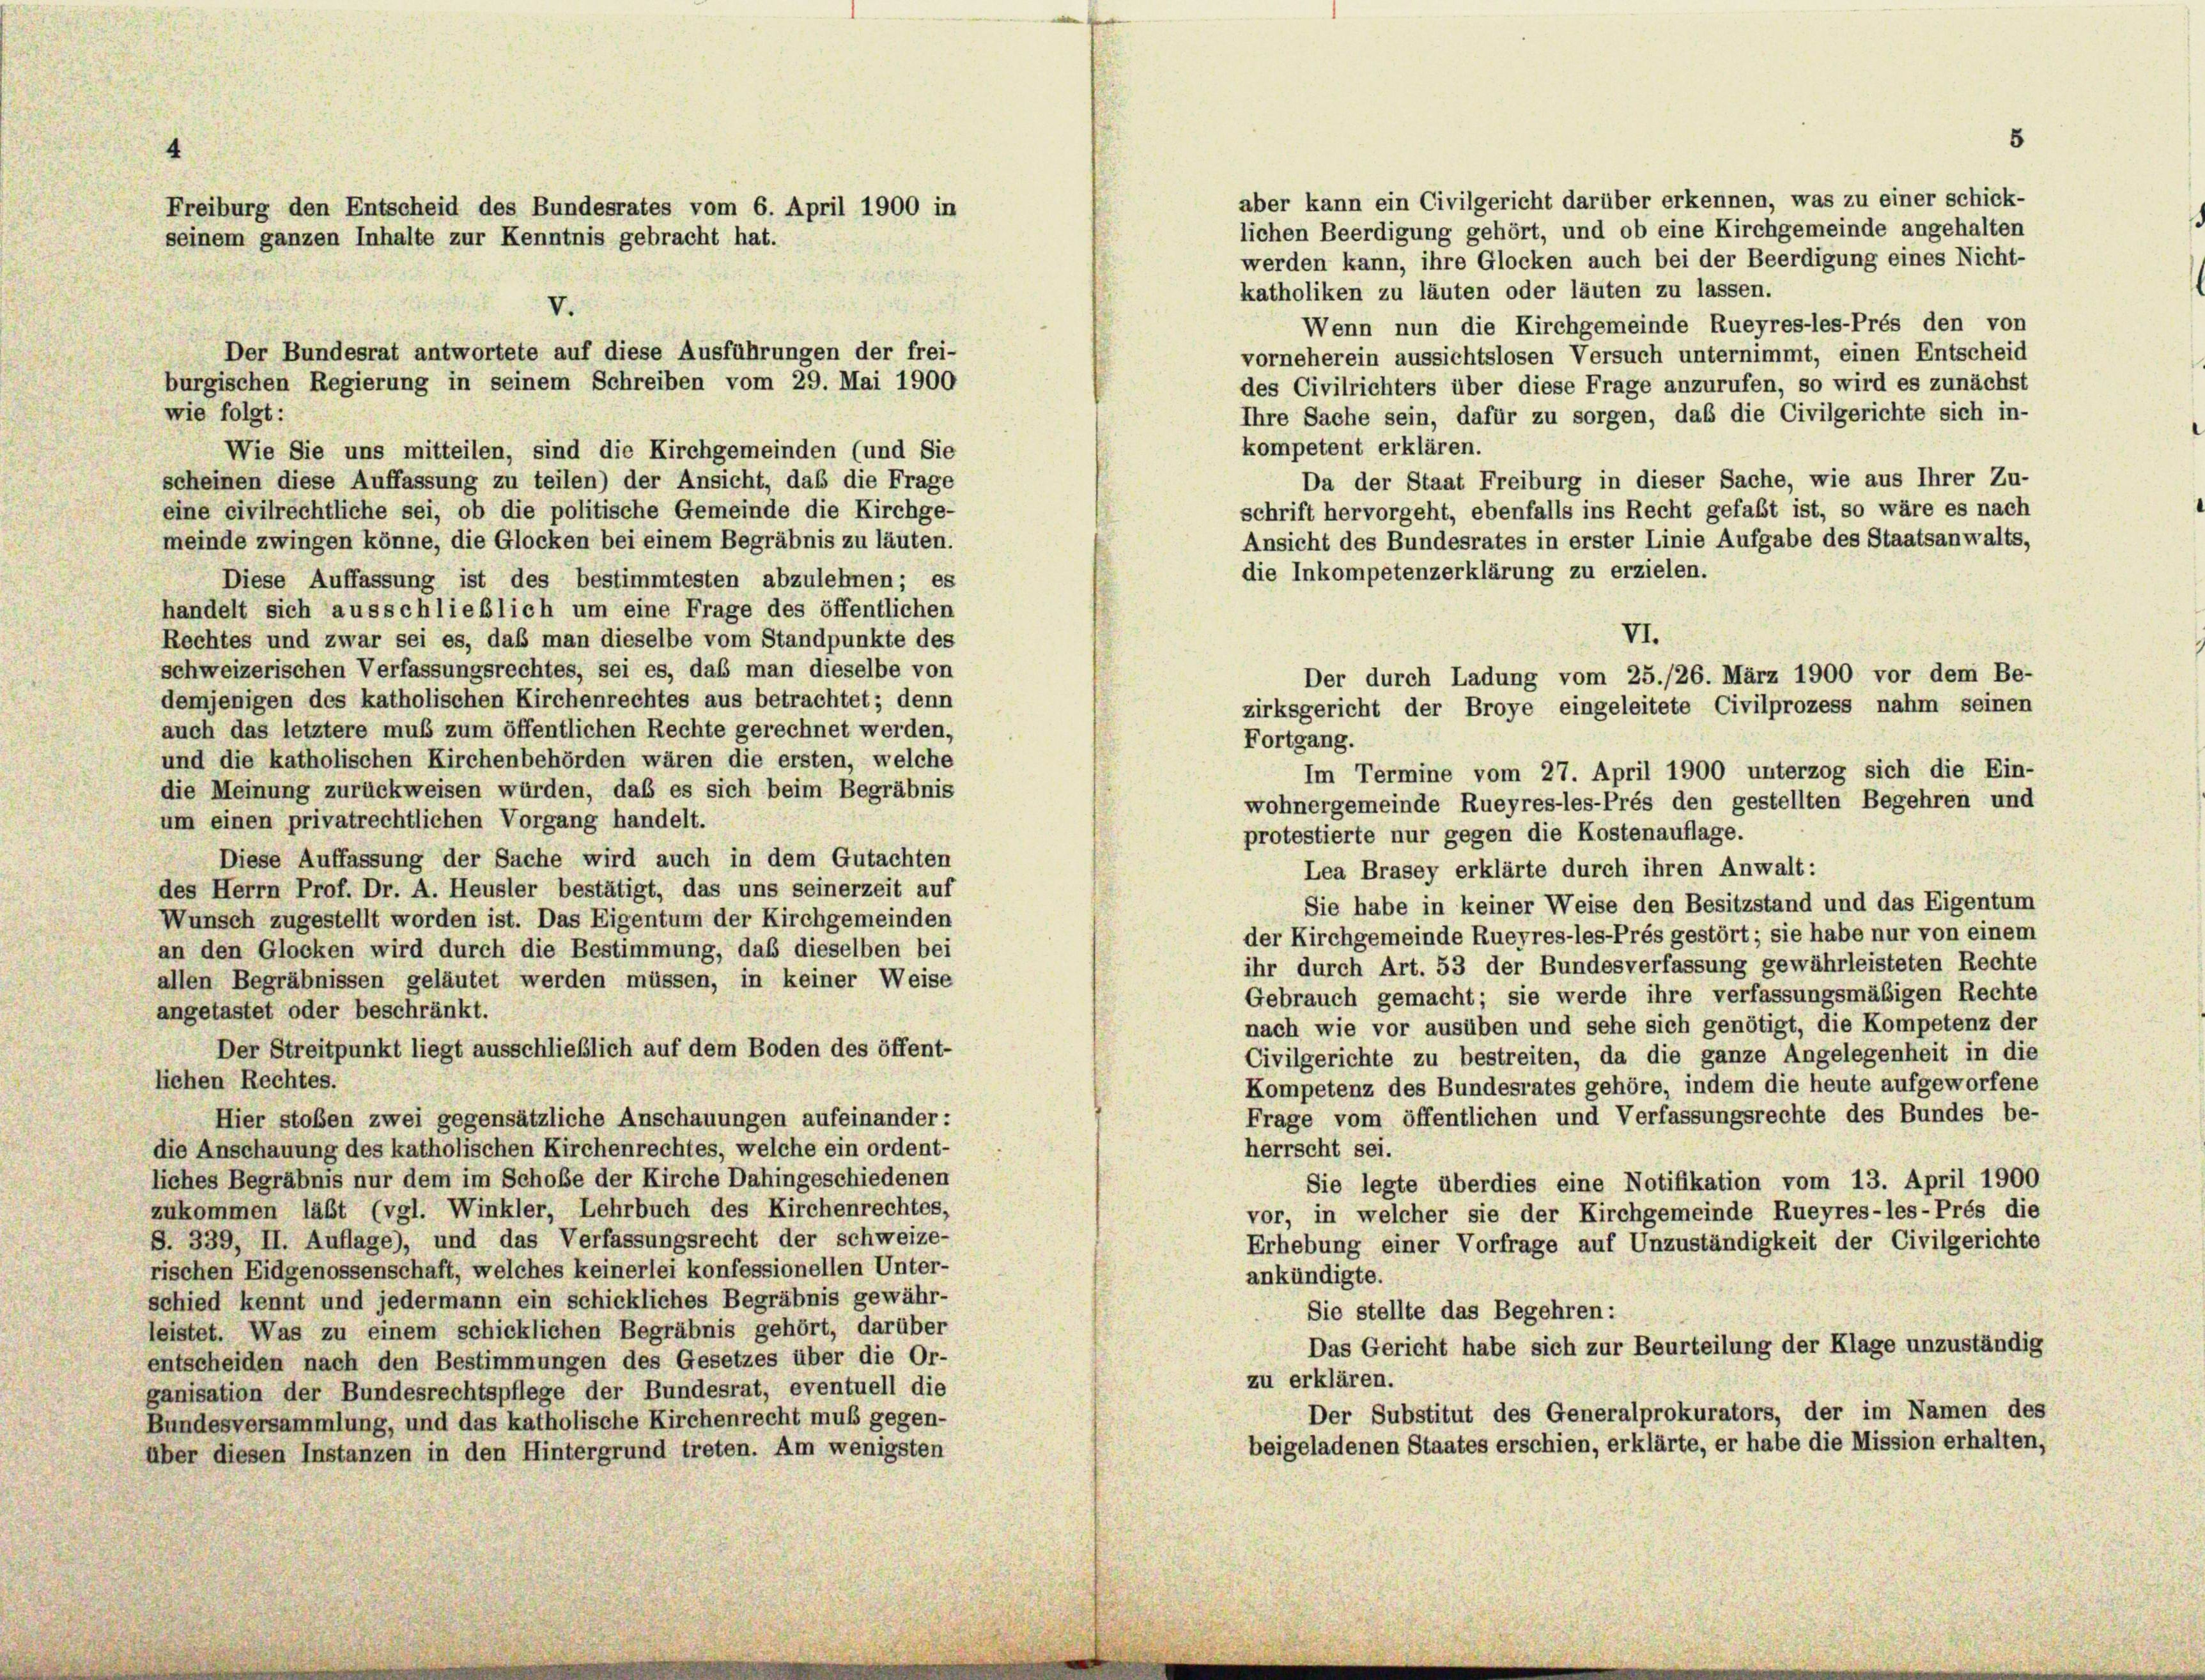
Freiburg den Entscheid des Bundesrates vom 6. April 1900 in
seinem ganzen Inhalte zur Kenntnis gebracht hat.

werden kann, ihre Glocken auch bei der Beerdigung eines Nicht-
katholiken zu läuten oder läuten zu lassen.
Wenn nun die Kirchgemeinde Rueyres-les-Prés den von
vorneherein aussichtslosen Versuch unternimmt, einen Entscheid
des Civilrichters über diese Frage anzurufen, so wird es zunächst
wie folgt:
Ihre Sache sein, dafür zu sorgen, daß die Civilgerichte sich in-
kompetent erklären.
Wie Sie uns mitteilen, sind die Kirchgemeinden (und Sie
Da der Staat Freiburg in dieser Sache, wie aus Ihrer Zu-
scheinen diese Auffassung zu teilen) der Ansicht, daß die Frage
schrift hervorgeht, ebenfalls ins Recht gefaßt ist, so wäre es nach
eine civilrechtliche sei, ob die politische Gemeinde die Kirchge-
Ansicht des Bundesrates in erster Linie Aufgabe des Staatsanwalts,
meinde zwingen könne, die Glocken bei einem Begräbnis zu läuten.
die Inkompetenzerklärung zu erzielen.
Diese Auffassung ist des bestimmtesten abzulehnen; es
handelt sich ausschließlich um eine Frage des öffentlichen
VI.
Rechtes und zwar sei es, daß man dieselbe vom Standpunkte des
schweizerischen Verfassungsrechtes, sei es, daß man dieselbe von
demjenigen des katholischen Kirchenrechtes aus betrachtet; denn
zirksgericht der Broye eingeleitete Civilprozess nahm seinen
auch das letztere muß zum öffentlichen Rechte gerechnet werden,
Fortgang.
und die katholischen Kirchenbehörden wären die ersten, welche
die Meinung zurückweisen würden, daß es sich beim Begräbnis
wohnergemeinde Rueyres-les-Prés den gestellten Begehren und
um einen privatrechtlichen Vorgang handelt.
protestierte nur gegen die Kostenauflage.
Diese Auffassung der Sache wird auch in dem Gutachten
Lea Brasey erklärte durch ihren Anwalt:
des Herrn Prof. Dr. A. Heusler bestätigt, das uns seinerzeit auf
Sie habe in keiner Weise den Besitzstand und das Eigentum
Wunsch zugestellt worden ist. Das Eigentum der Kirchgemeinden
der Kirchgemeinde Rueyres-les-Prés gestört; sie habe nur von einem
an den Glocken wird durch die Bestimmung, daß dieselben bei
ihr durch Art. 53 der Bundesverfassung gewährleisteten Rechte
allen Begräbnissen geläutet werden müssen, in keiner Weise
Gebrauch gemacht; sie werde ihre verfassungsmäßigen Rechte
angetastet oder beschränkt.
nach wie vor ausüben und sehe sich genötigt, die Kompetenz der
Der Streitpunkt liegt ausschließlich auf dem Boden des öffent-
Civilgerichte zu bestreiten, da die ganze Angelegenheit in die
lichen Rechtes.
Kompetenz des Bundesrates gehöre, indem die heute aufgeworfene
Frage vom öffentlichen und Verfassungsrechte des Bundes be-
Hier stoßen zwei gegensätzliche Anschauungen aufeinander:
herrscht sei.
die Anschauung des katholischen Kirchenrechtes, welche ein ordent-
liches Begräbnis nur dem im Schoße der Kirche Dahingeschiedenen
Sie legte überdies eine Notifikation vom 13. April 1900
zukommen läßt (vgl. Winkler, Lehrbuch des Kirchenrechtes,
vor, in welcher sie der Kirchgemeinde Rueyres-les-Prés die
S. 339, II. Auflage), und das Verfassungsrecht der schweize-
Erhebung einer Vorfrage auf Unzuständigkeit der Civilgerichte
rischen Eidgenossenschaft, welches keinerlei konfessionellen Unter-
ankündigte.
schied kennt und jedermann ein schickliches Begräbnis gewähr-
Sie stellte das Begehren:
leistet. Was zu einem schicklichen Begräbnis gehört, darüber
Das Gericht habe sich zur Beurteilung der Klage unzuständig
entscheiden nach den Bestimmungen des Gesetzes über die Or-
zu erklären.
ganisation der Bundesrechtspflege der Bundesrat, eventuell die
Der Substitut des Generalprokurators, der im Namen des
Bundesversammlung, und das katholische Kirchenrecht muß gegen-
beigeladenen Staates erschien, erklärte, er habe die Mission erhalten,
über diesen Instanzen in den Hintergrund treten. Am wenigsten

V.

Der Bundesrat antwortete auf diese Ausführungen der frei-
burgischen Regierung in seinem Schreiben vom 29. Mai 1900

aber kann ein Civilgericht darüber erkennen, was zu einer schick-
lichen Beerdigung gehört, und ob eine Kirchgemeinde angehalten

Der durch Ladung vom 25./26. März 1900 vor dem Be-

Im Termine vom 27. April 1900 unterzog sich die Ein-